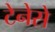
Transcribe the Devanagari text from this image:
टेनेसे